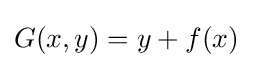
G(x,y)=y+f(x)